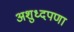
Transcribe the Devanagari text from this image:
अशुध्दपणा